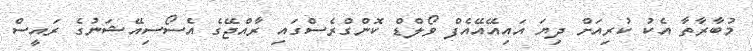
މުބާރާތާ އެކު ކުރިއަށް ދިޔަ އައިއޭއޭއެފް ވޯލްޑް ކޮންގްރެސްގައި ރާއްޖޭގެ އެސޯސިއޭޝަނުގެ ރައީސް